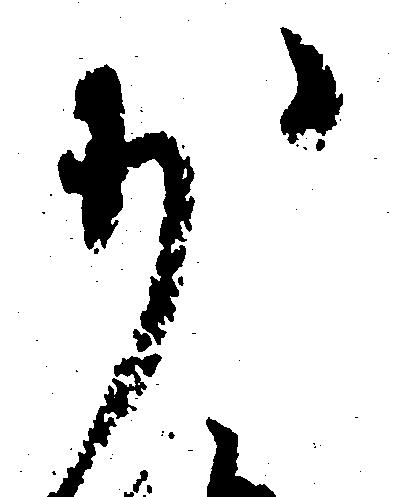
少